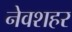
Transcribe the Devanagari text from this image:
नेवशहर